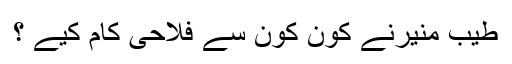
طیب منیرنے کون کون سے فلاحی کام کیے ؟